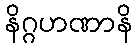
နိဂ္ဂဟဏာနိ